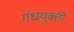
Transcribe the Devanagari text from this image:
गंधयुक्ती